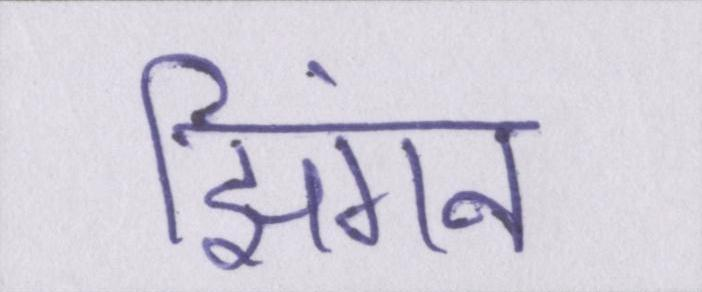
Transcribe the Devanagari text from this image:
झिंगन